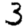
Digit: 3